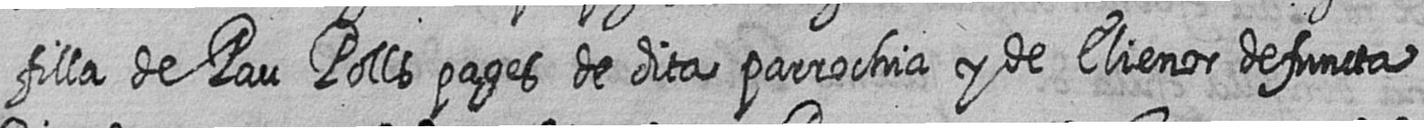
filla de Pau Polls pages de dita parrochia y de Elienor defuncta